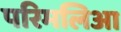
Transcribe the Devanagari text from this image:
परिमलिआ